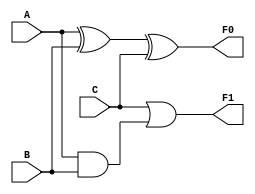
`timescale 1ns / 1ps
//////////////////////////////////////////////////////////////////////////////////
// Company: CSULB
// Engineers: Jose Aceves & Amin Rezaei 
// Design Name: 361_Lab5
// Module Name: Circuit_SA1
//////////////////////////////////////////////////////////////////////////////////

module Circuit_SA1(
    input A,
    input B,
    input C,
    output F0,
    output F1
    );
        
    wire F1eC$svu81nh5pK4dITXDZZsuEujVZQxJv8gL2H$Z_DVeR0hZrD5waPcOhCBxrmeuY1TiPwLaN3FpVmIeJMjyBHiqDgavei0A1GmpKAHZEw_FQn_PFmMdOBa_HgFlDE0PDuKId5HRfKJfnGI4pCdcv0Ix0KL$$_lzIr5J4n9gx5UdDBL24WftmjCC8A$t3fznDO4al_n5ycKxxpHC_dsl6sEmO2BIyRqgBMkgOTXli5E0VdPr23SGiFREvJepR1xuPIntruwO12Xvj50CNj8q4$BC5EwPx7TgmIzv3qwJ8LWeV6hRAEA$H8WXjnlfz1WEGE45aeIO6eiRDRe5WQVy3qDdS5LaMZqI4vT6ZR7dgF1gestwehUoaQkl3aeGofG6HkSIg5$iKT6jRv31YNuGrad1t6k1bTpE81TyLrKdWbBllANEwpGIwD3kGQyQ6YNserEMvosR6Ph15BzCfIbRJqAlmHgPjqaGyYFUmMxqVjXaysEyCmNstmvsRil2GXep;
    wire F1eC$svu81nh5pK4dITXDZZsuEujVZQxJv8gL2H$Z_DVeR0hZrD5waPcOhCBxrmeuY1TiPwLaN3FpVmIIeJMjyBHiqDgavei0A1GmpKAHZEw_FQn_PFmMdOBa_HgFlDE0PDuKId5HRfKJfnGI4pCdcv0Ix0KL$$_lzIr5J4n9gx5UdDBL24WftmjCC8A$t3fznDO4al_n5ycKxxpHC_dsl6sEmO2BIyRqgBMkgOTXli5E0VdPr23SGiFREvJepR1xuPIntruwO12Xvj50CNj8q4$BC5EwPx7TgmIzv3qwJ8LWeV6hRAEA$H8WXjnlfz1WEGE45aeIO6eiRDRe5WQVy3qDdS5LaMZqI4vT6ZR7dgF1gestwehUoaQkl3aeGofG6HkSIg5$iKT6jRv31YNuGrad1t6k1bTpE81TyLrKdWbBlANEwpGIwD3kGQyQ6YNserEMvosR6Ph15BzCfIbRJqAlmHgPjqaGyYFUmMxqVjXaysEyCmNstmvsRil2GXep;
    wire F1eC$svu81nh5pK4dITXDZZsuEujVZQxJv8gL2H$Z_DVeR0hZrD5waPcOhCBxrmeuY1TiPwLaN3FpVmIeJMjyBHiqDgavei0A1GmpKAHZEw_FQn_PFmMdOBa_HgFlDE0PDuKId5HRfKJfnGI4pCdcv0Ix0KL$$_lzIr5J4n9gx5UdDBL24WftmjCC8A$t3fznDO4al_n5ycKxxpHC_dsl6sEmO2BIyRqgBMkgOTXli5E0VdPr23SGiFREvJepR1xuPIntruwO12Xvj50CNj8q4$BC5EwPx7TgmIzv3qwJ8LWeV6hRAEA$H8WXjnlfz1WEGE45aeIO6eiRDRe5WQVy3qDdS5LaMZqI4vT6ZR7dgF1gestwehUoaQkl3aeGofG6HkSIg5$iKT6jRv31YNuGrad1t6k11bTpE81TyLrKdWbBlANEwpGIwD3kGQyQ6YNserEMvosR6Ph15BzCfIbRJqAlmHgPjqaGyYFUmMxqVjXaysEyCmNstmvsRil2GXep;
    wire F1eC$svu81nh5pK4dITXDZZsuEujVZQxJv8gL2H$Z_DVeR0hZrD5waPcOhCBxrmeuY1TiPwLaN3FpVmIeJMjyBHiqDgavei0A1GmpKAHZEw_FQn_PFmMdOBa_HgFlDE0PDuKId5HRfKJfnGI4pCdcv0Ix0KL$$_lzIr5J4n9gx5UdDBL24WftmjCC8A$t3fznDO4al_n5ycKxxpHC_dsl6sEmO2BIyRqgBMkgOTXli5E0VdPr23SGiFREvJepR1xuPIntruwO12Xvj50CNj8q4$BC5EwPx7TgmIzv3qwJ8LWeV6hRAEA$H8WXjnlfz11WEGE45aeIO6eiRDRe5WQVy3qDdS5LaMZqI4vT6ZR7dgF1gestwehUoaQkl3aeGofG6HkSIg5$iKT6jRv31YNuGrad1t6k1bTpE81TyLrKdWbBlANEwpGIwD3kGQyQ6YNserEMvosR6Ph15BzCfIbRJqAlmHgPjqaGyYFUmMxqVjXaysEyCmNstmvsRil2GXep;
    wire F1eC$svu81nh5pK4dITXDZZsuEujVZQxJv8gL2H$Z_DVeR0hZrD5waPcOhCBxrmeuY1TiPwLaN3FpVmIeJMjyBHiqDgavei0A1GmpKAHZEw_FQn_PFmMdOBa_HgFlDE0PDuKId5HRfKJfnGI4pCdcv0Ix0KL$$_lzIr5J4n9gx5UdDBL24WftmjCC8A$t3fznDO4al_n5ycKxxpHC_dsl6sEmO2BIyRqgBMkgOTXli5E0VdPr23SGiFREvJepR1xuPIntruwO12Xvj50CNj8q4$BC5EwPx7TgmIzv3qwJ8LWeV6hRAEA$H8WXjnlfz1WEGE45aeIO6eiRDRe5WQVy3qDdS5LaMZqI4vT6ZR7dgF1gestwehlUoaQkl3aeGofG6HkSIg5$iKT6jRv31YNuGrad1t6k1bTpE81TyLrKdWbBlANEwpGIwD3kGQyQ6YNserEMvosR6Ph15BzCfIbRJqAlmHgPjqaGyYFUmMxqVjXaysEyCmNstmvsRil2GXep;
    wire F1eC$svu81nh5pK4dITXDZZsuEujVZQxJv8gL2H$Z_DVeR0hZrD5waPcOhCBxrmeuY1TiPwLaN3FpVmIeJMjyBHiqDgavei0A1GmpKAHZEw_FQn_PFmMdOBa_HgFlDE0PDuKId5HRfKJfnGI4pCdcv0Ix0KL$$_lzIr5J4n9gx5UdDBL24WftmjCC8A$t3fznDO4al_n5ycKxxpHC_dsl6sEmO2BIyRqgBMkgOTXli5E0VdPr23SGiFREvJepR1xuPIntruwO12Xvj50CNj8q4$BC5EwPx7TgmIzv3qwJ8LWeV6hRAEA$H8WXjnlfz1WEGE45aeIO6eiRDRe5WQVy3qDdS5LaMZqI4vT6ZR7dgF1gestwehUoaQkl3aeGofG6HkSIg5$iKT6jRv31YNuGrad1t6k1bTpE81TyLrKdWbBlANEwpGIwlD3kGQyQ6YNserEMvosR6Ph15BzCfIbRJqAlmHgPjqaGyYFUmMxqVjXaysEyCmNstmvsRil2GXep;
    wire F1eC$svu81nh5pK4dITXDZZsuEujVZQxJv8gL2H$Z_DVeR0hZrD5waPcOhCBxrmeuY1TiPwLaN3FpVmIeJMjyBHiqDgavei0A1GmpKAHZEw_FQn_PFmMdOBa_HgFlDE0PDuKId5HRfKJfnGI4pCdcv0Ix0KL$$_lzIr5J4n9gx5UdDBL24WftmjCC8A$t3fznDO4al_n5ycKxxpHC_dsl6sEmO2BIyRqgBMkgOTXli5E0VdPr23SGiFREvJepR1xuPIntruwO12Xvj50CNj8q4$BC5EwPx7TgmIzv3qwJ8LWeV6hRAEA$H8WXjnlfz1WEGE45aeIO6eiRDRe5WQVy3qDdS5LaMZqI4vT6ZR7dgF1gestwehUoaQkl3aeGofG6HkSIg5$iKT6jRv31YNuGrad1t6k1bTpE81TyLrKdWbBlANEwpGIwD3kGQyQ6YNserEMvosR6Ph115BzCfIbRJqAlmHgPjqaGyYFUmMxqVjXaysEyCmNstmvsRil2GXep;
    wire F1eC$svu81nh5pK4dITXDZZsuEujVZQxJv8gL2H$Z_DVeR0hZrD5waPcOhCBxrmeuY1TiPwLaN3FpVmIeJMjyBHiqDgavei0A1GmpKAHZEw_FQn_PFmMdOBa_HgFlDE0PDuKId5HRfKJfnGI4pCdcv0Ix0KL$$_lzIr5J4n9gx5UdDBL24WftmjCC8A$t3fznDO4al_n5ycKxxpHC_dsl6sEmO2BIyRqgBMkgOTXli5E0VdPr23SGiFREvJepR1xuPIntruwO12Xvj50CNj8q4$BC5EwPx7TgmIzv3qwJ8LWeV6hRAEA$H8WXjnlfz1WEGE45aeIO6eiRDRe5WQVy3qDdS5LaMZqI4vT6ZR7dgF1gestwehUoaQkl3aeGofG6HkSIg5$iKT6jRv31YNuGrad1t6k1blTpE81TyLrKdWbBlANEwpGIwD3kGQyQ6YNserEMvosR6Ph15BzCfIbRJqAlmHgPjqaGyYFUmMxqVjXaysEyCmNstmvsRil2GXep;
    
    assign F1eC$svu81nh5pK4dITXDZZsuEujVZQxJv8gL2H$Z_DVeR0hZrD5waPcOhCBxrmeuY1TiPwLaN3FpVmIeJMjyBHiqDgavei0A1GmpKAHZEw_FQn_PFmMdOBa_HgFlDE0PDuKId5HRfKJfnGI4pCdcv0Ix0KL$$_lzIr5J4n9gx5UdDBL24WftmjCC8A$t3fznDO4al_n5ycKxxpHC_dsl6sEmO2BIyRqgBMkgOTXli5E0VdPr23SGiFREvJepR1xuPIntruwO12Xvj50CNj8q4$BC5EwPx7TgmIzv3qwJ8LWeV6hRAEA$H8WXjnlfz1WEGE45aeIO6eiRDRe5WQVy3qDdS5LaMZqI4vT6ZR7dgF1gestwehUoaQkl3aeGofG6HkSIg5$iKT6jRv31YNuGrad1t6k1bTpE81TyLrKdWbBllANEwpGIwD3kGQyQ6YNserEMvosR6Ph15BzCfIbRJqAlmHgPjqaGyYFUmMxqVjXaysEyCmNstmvsRil2GXep = A;
    assign F1eC$svu81nh5pK4dITXDZZsuEujVZQxJv8gL2H$Z_DVeR0hZrD5waPcOhCBxrmeuY1TiPwLaN3FpVmIIeJMjyBHiqDgavei0A1GmpKAHZEw_FQn_PFmMdOBa_HgFlDE0PDuKId5HRfKJfnGI4pCdcv0Ix0KL$$_lzIr5J4n9gx5UdDBL24WftmjCC8A$t3fznDO4al_n5ycKxxpHC_dsl6sEmO2BIyRqgBMkgOTXli5E0VdPr23SGiFREvJepR1xuPIntruwO12Xvj50CNj8q4$BC5EwPx7TgmIzv3qwJ8LWeV6hRAEA$H8WXjnlfz1WEGE45aeIO6eiRDRe5WQVy3qDdS5LaMZqI4vT6ZR7dgF1gestwehUoaQkl3aeGofG6HkSIg5$iKT6jRv31YNuGrad1t6k1bTpE81TyLrKdWbBlANEwpGIwD3kGQyQ6YNserEMvosR6Ph15BzCfIbRJqAlmHgPjqaGyYFUmMxqVjXaysEyCmNstmvsRil2GXep = B;
    assign F1eC$svu81nh5pK4dITXDZZsuEujVZQxJv8gL2H$Z_DVeR0hZrD5waPcOhCBxrmeuY1TiPwLaN3FpVmIeJMjyBHiqDgavei0A1GmpKAHZEw_FQn_PFmMdOBa_HgFlDE0PDuKId5HRfKJfnGI4pCdcv0Ix0KL$$_lzIr5J4n9gx5UdDBL24WftmjCC8A$t3fznDO4al_n5ycKxxpHC_dsl6sEmO2BIyRqgBMkgOTXli5E0VdPr23SGiFREvJepR1xuPIntruwO12Xvj50CNj8q4$BC5EwPx7TgmIzv3qwJ8LWeV6hRAEA$H8WXjnlfz1WEGE45aeIO6eiRDRe5WQVy3qDdS5LaMZqI4vT6ZR7dgF1gestwehUoaQkl3aeGofG6HkSIg5$iKT6jRv31YNuGrad1t6k11bTpE81TyLrKdWbBlANEwpGIwD3kGQyQ6YNserEMvosR6Ph15BzCfIbRJqAlmHgPjqaGyYFUmMxqVjXaysEyCmNstmvsRil2GXep = C;
    assign F0=F1eC$svu81nh5pK4dITXDZZsuEujVZQxJv8gL2H$Z_DVeR0hZrD5waPcOhCBxrmeuY1TiPwLaN3FpVmIeJMjyBHiqDgavei0A1GmpKAHZEw_FQn_PFmMdOBa_HgFlDE0PDuKId5HRfKJfnGI4pCdcv0Ix0KL$$_lzIr5J4n9gx5UdDBL24WftmjCC8A$t3fznDO4al_n5ycKxxpHC_dsl6sEmO2BIyRqgBMkgOTXli5E0VdPr23SGiFREvJepR1xuPIntruwO12Xvj50CNj8q4$BC5EwPx7TgmIzv3qwJ8LWeV6hRAEA$H8WXjnlfz11WEGE45aeIO6eiRDRe5WQVy3qDdS5LaMZqI4vT6ZR7dgF1gestwehUoaQkl3aeGofG6HkSIg5$iKT6jRv31YNuGrad1t6k1bTpE81TyLrKdWbBlANEwpGIwD3kGQyQ6YNserEMvosR6Ph15BzCfIbRJqAlmHgPjqaGyYFUmMxqVjXaysEyCmNstmvsRil2GXep;
    assign F1=F1eC$svu81nh5pK4dITXDZZsuEujVZQxJv8gL2H$Z_DVeR0hZrD5waPcOhCBxrmeuY1TiPwLaN3FpVmIeJMjyBHiqDgavei0A1GmpKAHZEw_FQn_PFmMdOBa_HgFlDE0PDuKId5HRfKJfnGI4pCdcv0Ix0KL$$_lzIr5J4n9gx5UdDBL24WftmjCC8A$t3fznDO4al_n5ycKxxpHC_dsl6sEmO2BIyRqgBMkgOTXli5E0VdPr23SGiFREvJepR1xuPIntruwO12Xvj50CNj8q4$BC5EwPx7TgmIzv3qwJ8LWeV6hRAEA$H8WXjnlfz1WEGE45aeIO6eiRDRe5WQVy3qDdS5LaMZqI4vT6ZR7dgF1gestwehlUoaQkl3aeGofG6HkSIg5$iKT6jRv31YNuGrad1t6k1bTpE81TyLrKdWbBlANEwpGIwD3kGQyQ6YNserEMvosR6Ph15BzCfIbRJqAlmHgPjqaGyYFUmMxqVjXaysEyCmNstmvsRil2GXep;
    assign F1eC$svu81nh5pK4dITXDZZsuEujVZQxJv8gL2H$Z_DVeR0hZrD5waPcOhCBxrmeuY1TiPwLaN3FpVmIeJMjyBHiqDgavei0A1GmpKAHZEw_FQn_PFmMdOBa_HgFlDE0PDuKId5HRfKJfnGI4pCdcv0Ix0KL$$_lzIr5J4n9gx5UdDBL24WftmjCC8A$t3fznDO4al_n5ycKxxpHC_dsl6sEmO2BIyRqgBMkgOTXli5E0VdPr23SGiFREvJepR1xuPIntruwO12Xvj50CNj8q4$BC5EwPx7TgmIzv3qwJ8LWeV6hRAEA$H8WXjnlfz1WEGE45aeIO6eiRDRe5WQVy3qDdS5LaMZqI4vT6ZR7dgF1gestwehUoaQkl3aeGofG6HkSIg5$iKT6jRv31YNuGrad1t6k1bTpE81TyLrKdWbBlANEwpGIwlD3kGQyQ6YNserEMvosR6Ph15BzCfIbRJqAlmHgPjqaGyYFUmMxqVjXaysEyCmNstmvsRil2GXep=F1eC$svu81nh5pK4dITXDZZsuEujVZQxJv8gL2H$Z_DVeR0hZrD5waPcOhCBxrmeuY1TiPwLaN3FpVmIeJMjyBHiqDgavei0A1GmpKAHZEw_FQn_PFmMdOBa_HgFlDE0PDuKId5HRfKJfnGI4pCdcv0Ix0KL$$_lzIr5J4n9gx5UdDBL24WftmjCC8A$t3fznDO4al_n5ycKxxpHC_dsl6sEmO2BIyRqgBMkgOTXli5E0VdPr23SGiFREvJepR1xuPIntruwO12Xvj50CNj8q4$BC5EwPx7TgmIzv3qwJ8LWeV6hRAEA$H8WXjnlfz1WEGE45aeIO6eiRDRe5WQVy3qDdS5LaMZqI4vT6ZR7dgF1gestwehUoaQkl3aeGofG6HkSIg5$iKT6jRv31YNuGrad1t6k1bTpE81TyLrKdWbBllANEwpGIwD3kGQyQ6YNserEMvosR6Ph15BzCfIbRJqAlmHgPjqaGyYFUmMxqVjXaysEyCmNstmvsRil2GXep^F1eC$svu81nh5pK4dITXDZZsuEujVZQxJv8gL2H$Z_DVeR0hZrD5waPcOhCBxrmeuY1TiPwLaN3FpVmIIeJMjyBHiqDgavei0A1GmpKAHZEw_FQn_PFmMdOBa_HgFlDE0PDuKId5HRfKJfnGI4pCdcv0Ix0KL$$_lzIr5J4n9gx5UdDBL24WftmjCC8A$t3fznDO4al_n5ycKxxpHC_dsl6sEmO2BIyRqgBMkgOTXli5E0VdPr23SGiFREvJepR1xuPIntruwO12Xvj50CNj8q4$BC5EwPx7TgmIzv3qwJ8LWeV6hRAEA$H8WXjnlfz1WEGE45aeIO6eiRDRe5WQVy3qDdS5LaMZqI4vT6ZR7dgF1gestwehUoaQkl3aeGofG6HkSIg5$iKT6jRv31YNuGrad1t6k1bTpE81TyLrKdWbBlANEwpGIwD3kGQyQ6YNserEMvosR6Ph15BzCfIbRJqAlmHgPjqaGyYFUmMxqVjXaysEyCmNstmvsRil2GXep;
    assign F1eC$svu81nh5pK4dITXDZZsuEujVZQxJv8gL2H$Z_DVeR0hZrD5waPcOhCBxrmeuY1TiPwLaN3FpVmIeJMjyBHiqDgavei0A1GmpKAHZEw_FQn_PFmMdOBa_HgFlDE0PDuKId5HRfKJfnGI4pCdcv0Ix0KL$$_lzIr5J4n9gx5UdDBL24WftmjCC8A$t3fznDO4al_n5ycKxxpHC_dsl6sEmO2BIyRqgBMkgOTXli5E0VdPr23SGiFREvJepR1xuPIntruwO12Xvj50CNj8q4$BC5EwPx7TgmIzv3qwJ8LWeV6hRAEA$H8WXjnlfz11WEGE45aeIO6eiRDRe5WQVy3qDdS5LaMZqI4vT6ZR7dgF1gestwehUoaQkl3aeGofG6HkSIg5$iKT6jRv31YNuGrad1t6k1bTpE81TyLrKdWbBlANEwpGIwD3kGQyQ6YNserEMvosR6Ph15BzCfIbRJqAlmHgPjqaGyYFUmMxqVjXaysEyCmNstmvsRil2GXep=F1eC$svu81nh5pK4dITXDZZsuEujVZQxJv8gL2H$Z_DVeR0hZrD5waPcOhCBxrmeuY1TiPwLaN3FpVmIeJMjyBHiqDgavei0A1GmpKAHZEw_FQn_PFmMdOBa_HgFlDE0PDuKId5HRfKJfnGI4pCdcv0Ix0KL$$_lzIr5J4n9gx5UdDBL24WftmjCC8A$t3fznDO4al_n5ycKxxpHC_dsl6sEmO2BIyRqgBMkgOTXli5E0VdPr23SGiFREvJepR1xuPIntruwO12Xvj50CNj8q4$BC5EwPx7TgmIzv3qwJ8LWeV6hRAEA$H8WXjnlfz1WEGE45aeIO6eiRDRe5WQVy3qDdS5LaMZqI4vT6ZR7dgF1gestwehUoaQkl3aeGofG6HkSIg5$iKT6jRv31YNuGrad1t6k1bTpE81TyLrKdWbBlANEwpGIwlD3kGQyQ6YNserEMvosR6Ph15BzCfIbRJqAlmHgPjqaGyYFUmMxqVjXaysEyCmNstmvsRil2GXep^F1eC$svu81nh5pK4dITXDZZsuEujVZQxJv8gL2H$Z_DVeR0hZrD5waPcOhCBxrmeuY1TiPwLaN3FpVmIeJMjyBHiqDgavei0A1GmpKAHZEw_FQn_PFmMdOBa_HgFlDE0PDuKId5HRfKJfnGI4pCdcv0Ix0KL$$_lzIr5J4n9gx5UdDBL24WftmjCC8A$t3fznDO4al_n5ycKxxpHC_dsl6sEmO2BIyRqgBMkgOTXli5E0VdPr23SGiFREvJepR1xuPIntruwO12Xvj50CNj8q4$BC5EwPx7TgmIzv3qwJ8LWeV6hRAEA$H8WXjnlfz1WEGE45aeIO6eiRDRe5WQVy3qDdS5LaMZqI4vT6ZR7dgF1gestwehUoaQkl3aeGofG6HkSIg5$iKT6jRv31YNuGrad1t6k11bTpE81TyLrKdWbBlANEwpGIwD3kGQyQ6YNserEMvosR6Ph15BzCfIbRJqAlmHgPjqaGyYFUmMxqVjXaysEyCmNstmvsRil2GXep;
    assign F1eC$svu81nh5pK4dITXDZZsuEujVZQxJv8gL2H$Z_DVeR0hZrD5waPcOhCBxrmeuY1TiPwLaN3FpVmIeJMjyBHiqDgavei0A1GmpKAHZEw_FQn_PFmMdOBa_HgFlDE0PDuKId5HRfKJfnGI4pCdcv0Ix0KL$$_lzIr5J4n9gx5UdDBL24WftmjCC8A$t3fznDO4al_n5ycKxxpHC_dsl6sEmO2BIyRqgBMkgOTXli5E0VdPr23SGiFREvJepR1xuPIntruwO12Xvj50CNj8q4$BC5EwPx7TgmIzv3qwJ8LWeV6hRAEA$H8WXjnlfz1WEGE45aeIO6eiRDRe5WQVy3qDdS5LaMZqI4vT6ZR7dgF1gestwehUoaQkl3aeGofG6HkSIg5$iKT6jRv31YNuGrad1t6k1bTpE81TyLrKdWbBlANEwpGIwD3kGQyQ6YNserEMvosR6Ph115BzCfIbRJqAlmHgPjqaGyYFUmMxqVjXaysEyCmNstmvsRil2GXep=F1eC$svu81nh5pK4dITXDZZsuEujVZQxJv8gL2H$Z_DVeR0hZrD5waPcOhCBxrmeuY1TiPwLaN3FpVmIeJMjyBHiqDgavei0A1GmpKAHZEw_FQn_PFmMdOBa_HgFlDE0PDuKId5HRfKJfnGI4pCdcv0Ix0KL$$_lzIr5J4n9gx5UdDBL24WftmjCC8A$t3fznDO4al_n5ycKxxpHC_dsl6sEmO2BIyRqgBMkgOTXli5E0VdPr23SGiFREvJepR1xuPIntruwO12Xvj50CNj8q4$BC5EwPx7TgmIzv3qwJ8LWeV6hRAEA$H8WXjnlfz1WEGE45aeIO6eiRDRe5WQVy3qDdS5LaMZqI4vT6ZR7dgF1gestwehUoaQkl3aeGofG6HkSIg5$iKT6jRv31YNuGrad1t6k11bTpE81TyLrKdWbBlANEwpGIwD3kGQyQ6YNserEMvosR6Ph15BzCfIbRJqAlmHgPjqaGyYFUmMxqVjXaysEyCmNstmvsRil2GXep&(F1eC$svu81nh5pK4dITXDZZsuEujVZQxJv8gL2H$Z_DVeR0hZrD5waPcOhCBxrmeuY1TiPwLaN3FpVmIeJMjyBHiqDgavei0A1GmpKAHZEw_FQn_PFmMdOBa_HgFlDE0PDuKId5HRfKJfnGI4pCdcv0Ix0KL$$_lzIr5J4n9gx5UdDBL24WftmjCC8A$t3fznDO4al_n5ycKxxpHC_dsl6sEmO2BIyRqgBMkgOTXli5E0VdPr23SGiFREvJepR1xuPIntruwO12Xvj50CNj8q4$BC5EwPx7TgmIzv3qwJ8LWeV6hRAEA$H8WXjnlfz1WEGE45aeIO6eiRDRe5WQVy3qDdS5LaMZqI4vT6ZR7dgF1gestwehUoaQkl3aeGofG6HkSIg5$iKT6jRv31YNuGrad1t6k1bTpE81TyLrKdWbBlANEwpGIwlD3kGQyQ6YNserEMvosR6Ph15BzCfIbRJqAlmHgPjqaGyYFUmMxqVjXaysEyCmNstmvsRil2GXep|~F1eC$svu81nh5pK4dITXDZZsuEujVZQxJv8gL2H$Z_DVeR0hZrD5waPcOhCBxrmeuY1TiPwLaN3FpVmIeJMjyBHiqDgavei0A1GmpKAHZEw_FQn_PFmMdOBa_HgFlDE0PDuKId5HRfKJfnGI4pCdcv0Ix0KL$$_lzIr5J4n9gx5UdDBL24WftmjCC8A$t3fznDO4al_n5ycKxxpHC_dsl6sEmO2BIyRqgBMkgOTXli5E0VdPr23SGiFREvJepR1xuPIntruwO12Xvj50CNj8q4$BC5EwPx7TgmIzv3qwJ8LWeV6hRAEA$H8WXjnlfz1WEGE45aeIO6eiRDRe5WQVy3qDdS5LaMZqI4vT6ZR7dgF1gestwehUoaQkl3aeGofG6HkSIg5$iKT6jRv31YNuGrad1t6k1bTpE81TyLrKdWbBlANEwpGIwlD3kGQyQ6YNserEMvosR6Ph15BzCfIbRJqAlmHgPjqaGyYFUmMxqVjXaysEyCmNstmvsRil2GXep);      
    assign F1eC$svu81nh5pK4dITXDZZsuEujVZQxJv8gL2H$Z_DVeR0hZrD5waPcOhCBxrmeuY1TiPwLaN3FpVmIeJMjyBHiqDgavei0A1GmpKAHZEw_FQn_PFmMdOBa_HgFlDE0PDuKId5HRfKJfnGI4pCdcv0Ix0KL$$_lzIr5J4n9gx5UdDBL24WftmjCC8A$t3fznDO4al_n5ycKxxpHC_dsl6sEmO2BIyRqgBMkgOTXli5E0VdPr23SGiFREvJepR1xuPIntruwO12Xvj50CNj8q4$BC5EwPx7TgmIzv3qwJ8LWeV6hRAEA$H8WXjnlfz1WEGE45aeIO6eiRDRe5WQVy3qDdS5LaMZqI4vT6ZR7dgF1gestwehUoaQkl3aeGofG6HkSIg5$iKT6jRv31YNuGrad1t6k1blTpE81TyLrKdWbBlANEwpGIwD3kGQyQ6YNserEMvosR6Ph15BzCfIbRJqAlmHgPjqaGyYFUmMxqVjXaysEyCmNstmvsRil2GXep=F1eC$svu81nh5pK4dITXDZZsuEujVZQxJv8gL2H$Z_DVeR0hZrD5waPcOhCBxrmeuY1TiPwLaN3FpVmIeJMjyBHiqDgavei0A1GmpKAHZEw_FQn_PFmMdOBa_HgFlDE0PDuKId5HRfKJfnGI4pCdcv0Ix0KL$$_lzIr5J4n9gx5UdDBL24WftmjCC8A$t3fznDO4al_n5ycKxxpHC_dsl6sEmO2BIyRqgBMkgOTXli5E0VdPr23SGiFREvJepR1xuPIntruwO12Xvj50CNj8q4$BC5EwPx7TgmIzv3qwJ8LWeV6hRAEA$H8WXjnlfz1WEGE45aeIO6eiRDRe5WQVy3qDdS5LaMZqI4vT6ZR7dgF1gestwehUoaQkl3aeGofG6HkSIg5$iKT6jRv31YNuGrad1t6k1bTpE81TyLrKdWbBllANEwpGIwD3kGQyQ6YNserEMvosR6Ph15BzCfIbRJqAlmHgPjqaGyYFUmMxqVjXaysEyCmNstmvsRil2GXep&F1eC$svu81nh5pK4dITXDZZsuEujVZQxJv8gL2H$Z_DVeR0hZrD5waPcOhCBxrmeuY1TiPwLaN3FpVmIIeJMjyBHiqDgavei0A1GmpKAHZEw_FQn_PFmMdOBa_HgFlDE0PDuKId5HRfKJfnGI4pCdcv0Ix0KL$$_lzIr5J4n9gx5UdDBL24WftmjCC8A$t3fznDO4al_n5ycKxxpHC_dsl6sEmO2BIyRqgBMkgOTXli5E0VdPr23SGiFREvJepR1xuPIntruwO12Xvj50CNj8q4$BC5EwPx7TgmIzv3qwJ8LWeV6hRAEA$H8WXjnlfz1WEGE45aeIO6eiRDRe5WQVy3qDdS5LaMZqI4vT6ZR7dgF1gestwehUoaQkl3aeGofG6HkSIg5$iKT6jRv31YNuGrad1t6k1bTpE81TyLrKdWbBlANEwpGIwD3kGQyQ6YNserEMvosR6Ph15BzCfIbRJqAlmHgPjqaGyYFUmMxqVjXaysEyCmNstmvsRil2GXep;
    assign F1eC$svu81nh5pK4dITXDZZsuEujVZQxJv8gL2H$Z_DVeR0hZrD5waPcOhCBxrmeuY1TiPwLaN3FpVmIeJMjyBHiqDgavei0A1GmpKAHZEw_FQn_PFmMdOBa_HgFlDE0PDuKId5HRfKJfnGI4pCdcv0Ix0KL$$_lzIr5J4n9gx5UdDBL24WftmjCC8A$t3fznDO4al_n5ycKxxpHC_dsl6sEmO2BIyRqgBMkgOTXli5E0VdPr23SGiFREvJepR1xuPIntruwO12Xvj50CNj8q4$BC5EwPx7TgmIzv3qwJ8LWeV6hRAEA$H8WXjnlfz1WEGE45aeIO6eiRDRe5WQVy3qDdS5LaMZqI4vT6ZR7dgF1gestwehlUoaQkl3aeGofG6HkSIg5$iKT6jRv31YNuGrad1t6k1bTpE81TyLrKdWbBlANEwpGIwD3kGQyQ6YNserEMvosR6Ph15BzCfIbRJqAlmHgPjqaGyYFUmMxqVjXaysEyCmNstmvsRil2GXep=F1eC$svu81nh5pK4dITXDZZsuEujVZQxJv8gL2H$Z_DVeR0hZrD5waPcOhCBxrmeuY1TiPwLaN3FpVmIeJMjyBHiqDgavei0A1GmpKAHZEw_FQn_PFmMdOBa_HgFlDE0PDuKId5HRfKJfnGI4pCdcv0Ix0KL$$_lzIr5J4n9gx5UdDBL24WftmjCC8A$t3fznDO4al_n5ycKxxpHC_dsl6sEmO2BIyRqgBMkgOTXli5E0VdPr23SGiFREvJepR1xuPIntruwO12Xvj50CNj8q4$BC5EwPx7TgmIzv3qwJ8LWeV6hRAEA$H8WXjnlfz1WEGE45aeIO6eiRDRe5WQVy3qDdS5LaMZqI4vT6ZR7dgF1gestwehUoaQkl3aeGofG6HkSIg5$iKT6jRv31YNuGrad1t6k1bTpE81TyLrKdWbBlANEwpGIwD3kGQyQ6YNserEMvosR6Ph115BzCfIbRJqAlmHgPjqaGyYFUmMxqVjXaysEyCmNstmvsRil2GXep|F1eC$svu81nh5pK4dITXDZZsuEujVZQxJv8gL2H$Z_DVeR0hZrD5waPcOhCBxrmeuY1TiPwLaN3FpVmIeJMjyBHiqDgavei0A1GmpKAHZEw_FQn_PFmMdOBa_HgFlDE0PDuKId5HRfKJfnGI4pCdcv0Ix0KL$$_lzIr5J4n9gx5UdDBL24WftmjCC8A$t3fznDO4al_n5ycKxxpHC_dsl6sEmO2BIyRqgBMkgOTXli5E0VdPr23SGiFREvJepR1xuPIntruwO12Xvj50CNj8q4$BC5EwPx7TgmIzv3qwJ8LWeV6hRAEA$H8WXjnlfz1WEGE45aeIO6eiRDRe5WQVy3qDdS5LaMZqI4vT6ZR7dgF1gestwehUoaQkl3aeGofG6HkSIg5$iKT6jRv31YNuGrad1t6k1blTpE81TyLrKdWbBlANEwpGIwD3kGQyQ6YNserEMvosR6Ph15BzCfIbRJqAlmHgPjqaGyYFUmMxqVjXaysEyCmNstmvsRil2GXep;
      
endmodule